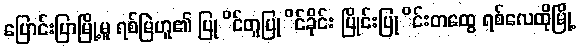
ပြောင်းပြာမြို့မူ ရစ်မြဲဟူ၏ ပြုိင်တူပြုိင်ခိုင်း ပြိုင်းပြုိင်းတထွေ ရစ်လေထိုမြို့